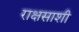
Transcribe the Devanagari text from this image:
राक्षसाशी